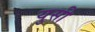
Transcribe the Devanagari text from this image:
युसी